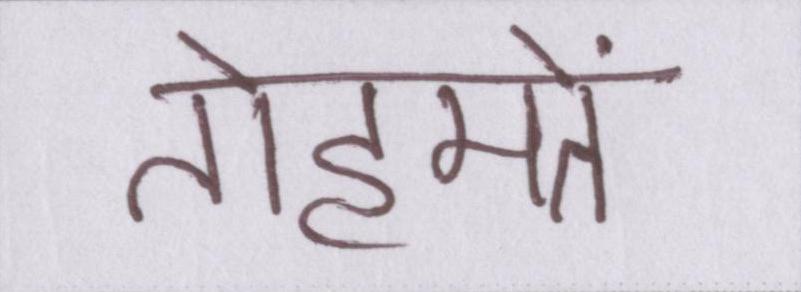
तोहमतें